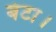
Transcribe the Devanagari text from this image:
बंटा।